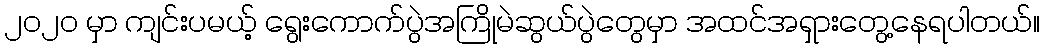
၂၀၂၀ မှာ ကျင်းပမယ့် ရွေးကောက်ပွဲအကြိုမဲဆွယ်ပွဲတွေမှာ အထင်အရှားတွေ့နေရပါတယ်။